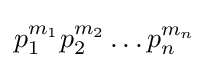
p_{1}^{m_{1}}p_{2}^{m_{2}}\dots p_{n}^{m_{n}}